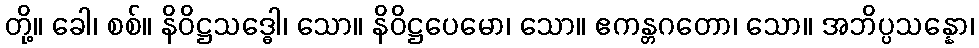
တို့။ ခေါ၊ စစ်။ နိဝိဋ္ဌသဒ္ဓေါ၊ သော။ နိဝိဋ္ဌပေမော၊ သော။ ဧကန္တဂတော၊ သော။ အဘိပ္ပသန္နော၊